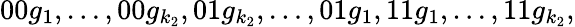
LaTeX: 00g_{1},\ldots,00g_{k_{2}},01g_{k_{2}},\ldots,01g_{1},11g_{1},\ldots,11g_{k_{2}},